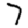
Digit: 7